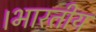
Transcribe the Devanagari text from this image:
।भारतीय